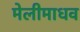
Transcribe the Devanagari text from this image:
मेलीमाधव